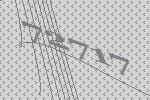
72717